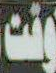
وقت